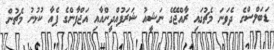
ޑަބަލްސްގެ ދެވަނަ މެޗުގައި ރާއްޖޭގެ ނަޝީއު ޝަރަފުއްދީންއާއި އަޖްފާންގެ ޕެއާ ކުޅުނު މެޗުން